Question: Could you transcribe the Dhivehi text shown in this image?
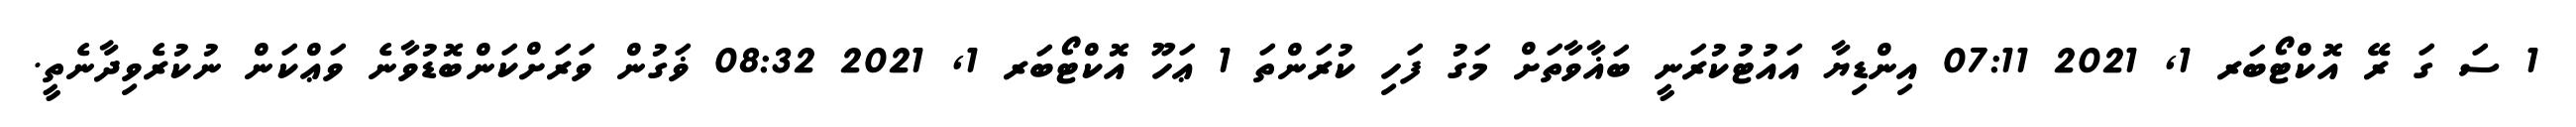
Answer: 1 ސަ ގަ ރޭ އޮކްޓޯބަރ 1, 2021 07:11 އިންޑިޔާ އައުޓުކުރަނީ ބަޣާވާތަށް މަގު ފަހި ކުރަންތަ 1 ޢަހޫ އޮކްޓޯބަރ 1, 2021 08:32 ޥަގުން ވަރަށްކަންބޮޑުވާނެ ވަޢްކަން ނުކުރެވިދާނެތީ.